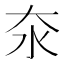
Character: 𪵪